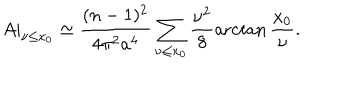
A | _ { \nu \leq x _ { 0 } } \simeq \frac { ( n - 1 ) ^ { 2 } } { 4 \pi ^ { 2 } a ^ { 4 } } \sum _ { \nu \leq x _ { 0 } } \frac { \nu ^ { 2 } } { 8 } \operatorname { a r c t a n } \frac { x _ { 0 } } { \nu } .